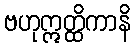
ဗဟုဣတ္ထိကာနိ